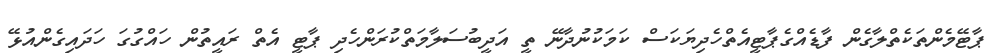
ޕާޓޭމެންތަކެތްލާގެން ފާޑެއްގެޕާޓީއެތްހެދިޔަކަސް ކަމަކުނުދާނޭ ތީ އަދީބުސަލާމަތްކުރަންހެދި ޕާޓީ އެތް ރައީތުން ހައްގުގަ ހަދައިގެންއުޅޭ